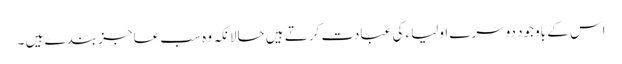
اس کے باوجود دوسرے اولیاء کی عبادت کرتے ہیں حالانکہ وہ سب عاجز بندے ہیں ۔